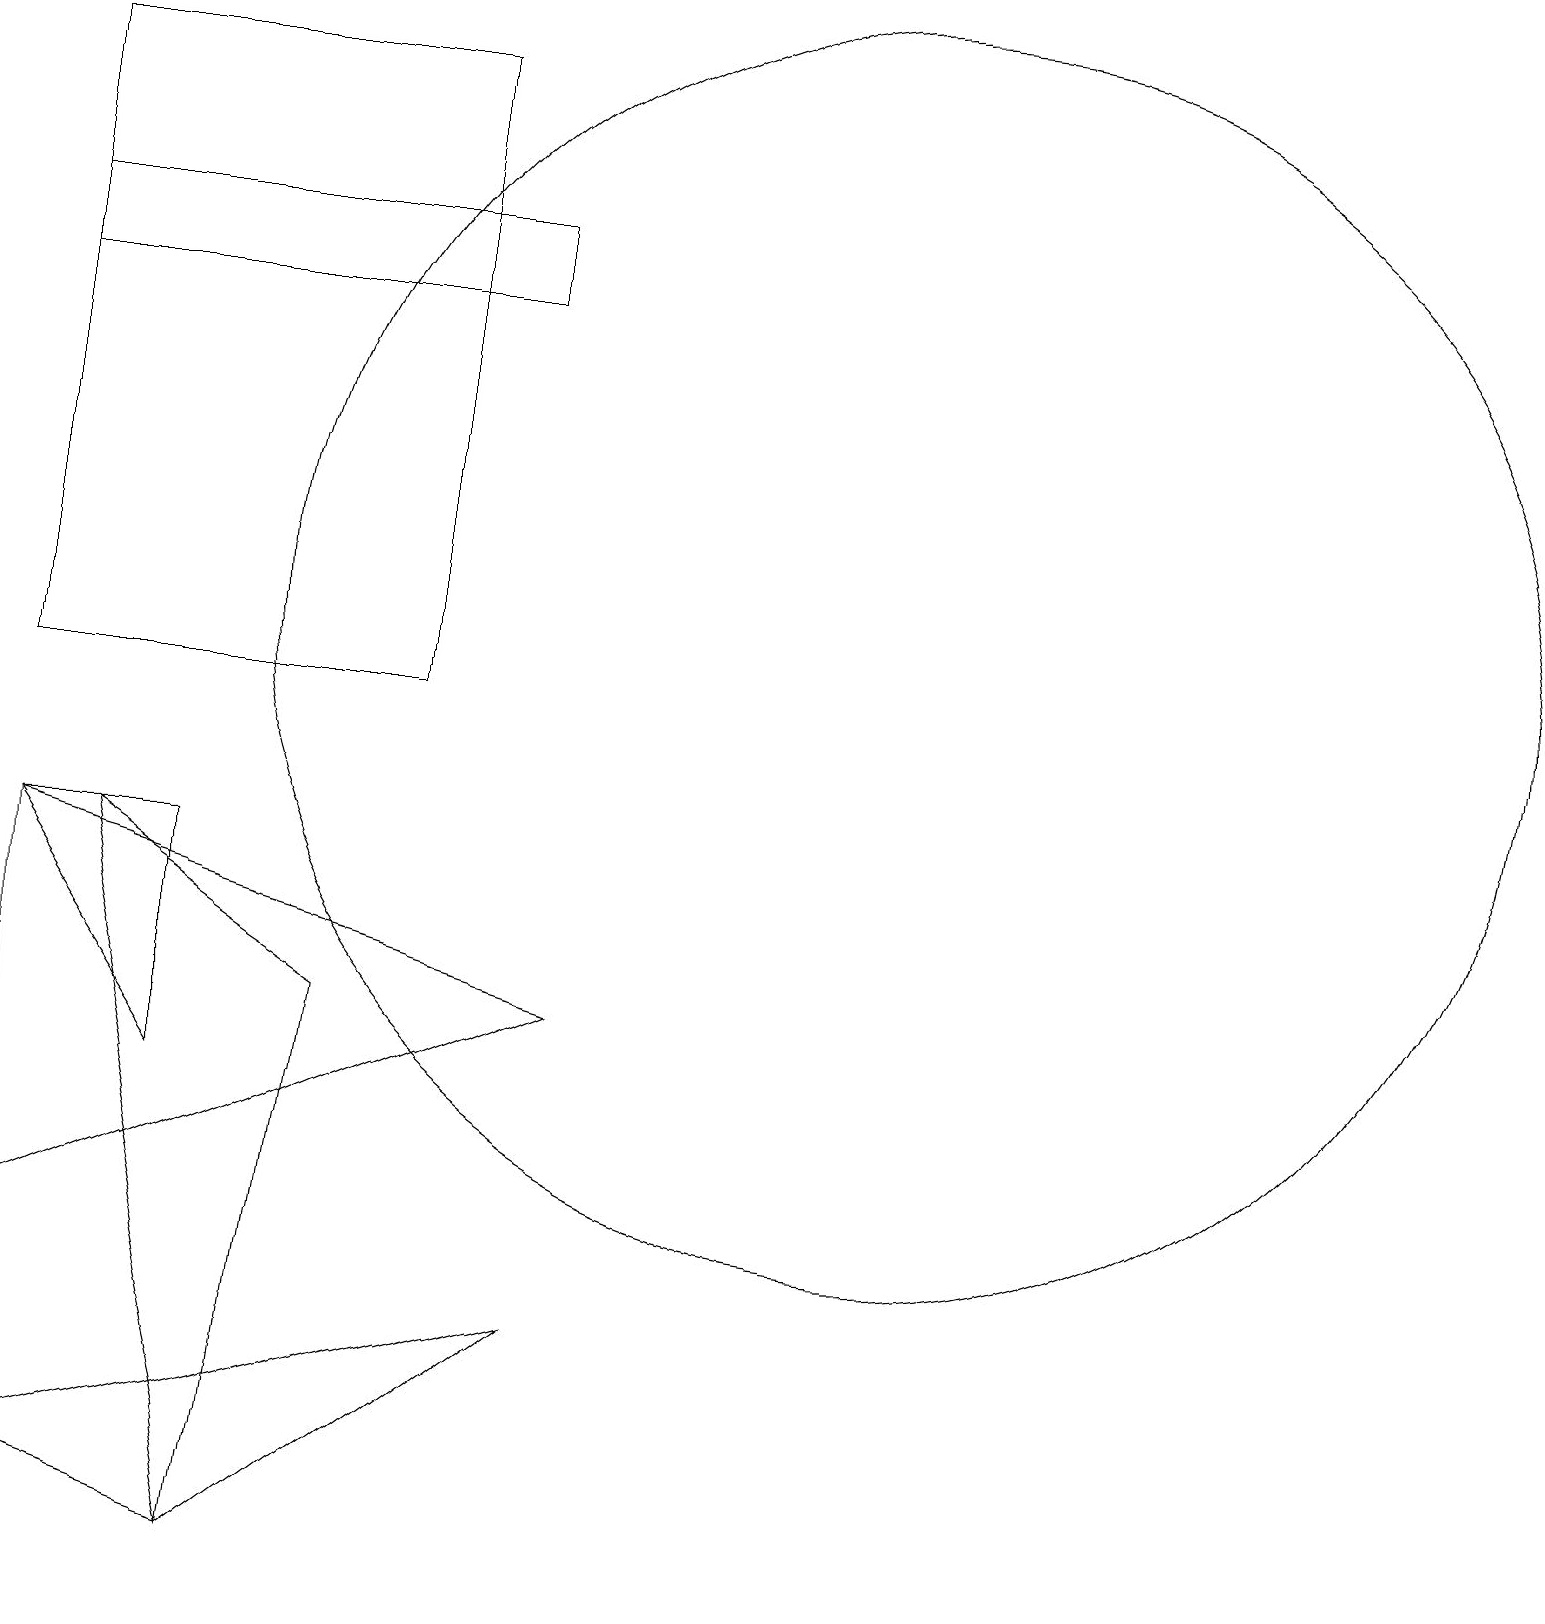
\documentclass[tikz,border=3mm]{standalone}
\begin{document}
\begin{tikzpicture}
\draw (7,17) rectangle (1,16);
\draw (12,12) circle (8);
\draw (1,19) rectangle (6,11);
\draw (4,0) -- (2,9) -- (5,7) -- cycle;
\draw (4,0) -- (8,3) -- (1,1) -- cycle;
\draw (3,6) -- (1,9) -- (3,9) -- cycle;
\draw (1,9) -- (1,4) -- (8,7) -- cycle;
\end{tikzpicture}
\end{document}